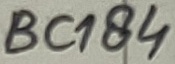
Text: BC184